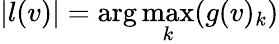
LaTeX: |l(v)|=\arg\operatorname*{max}_{k}(g(v)_{k})